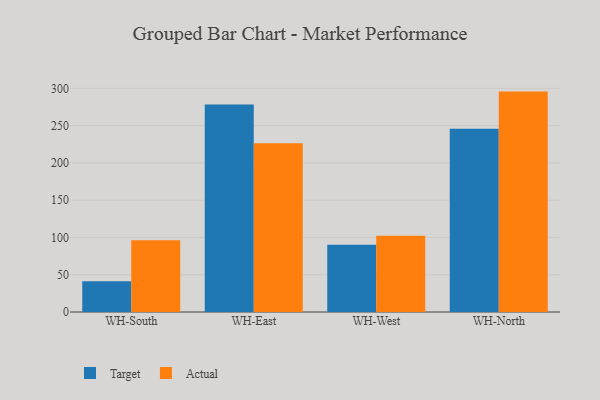
{"axis": {"x": "Warehouse", "y": "Waste Production (Tons)"}, "legend": ["Actual", "Target"], "data": [{"x": "WH-South", "y": 41.2, "type": "Target"}, {"x": "WH-South", "y": 96.1, "type": "Actual"}, {"x": "WH-East", "y": 278.4, "type": "Target"}, {"x": "WH-East", "y": 226.2, "type": "Actual"}, {"x": "WH-West", "y": 90.2, "type": "Target"}, {"x": "WH-West", "y": 102.4, "type": "Actual"}, {"x": "WH-North", "y": 245.9, "type": "Target"}, {"x": "WH-North", "y": 295.6, "type": "Actual"}]}